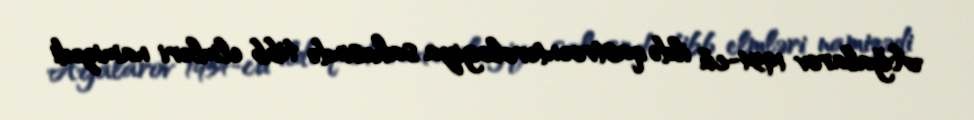
Ağalarov 1954-cü ildə qastroenterologiya sahəsində tibb elmləri namizədi